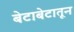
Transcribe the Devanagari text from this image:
बेटाबेटातून